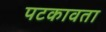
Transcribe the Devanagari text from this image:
पटकावता